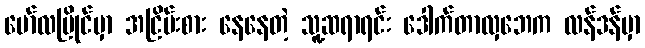
မော်လမြိုင်မှာ အငြိမ်းစား နေနေတဲ့ သူ့ဆရာရင်း ဒေါက်တာလှဘေက လန်ဒန်မှာ